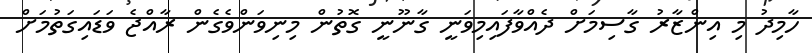
ހާމިދު މި އިންޒާރު ގާސިމަށް ދެއްވާފައިމިވަނީ ގާނޫނީ ގޮތުން މިނިވަންވެގެން ރާއްޖެ ވަޑައިގަތުމަށް